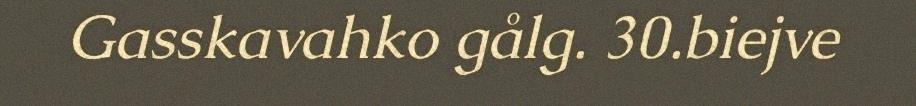
Gasskavahko gålg. 30.biejve